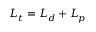
L _ { t } = L _ { d } + L _ { p }